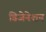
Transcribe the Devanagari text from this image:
डिजेनेशन